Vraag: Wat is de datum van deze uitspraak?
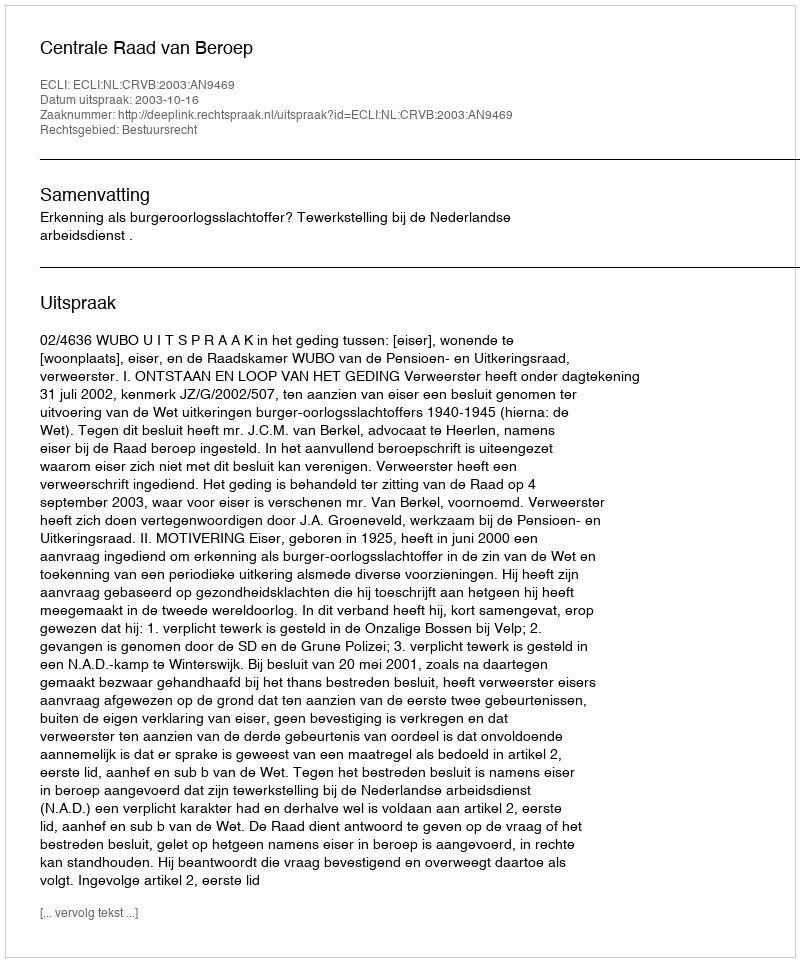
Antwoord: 2003-10-16